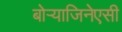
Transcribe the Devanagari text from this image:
बोऱ्याजिनेएसी